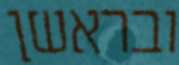
ובראשן